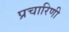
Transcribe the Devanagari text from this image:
प्रचारिणी